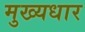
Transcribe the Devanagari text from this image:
मुख्यधार